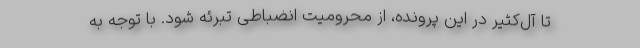
تا آل‌کثیر در این پرونده، از محرومیت انضباطی تبرئه شود. با توجه به